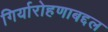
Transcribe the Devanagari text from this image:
गिर्यारोहणाबद्दल